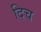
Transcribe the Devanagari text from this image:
दिच